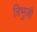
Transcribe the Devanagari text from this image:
त्रिभुजी